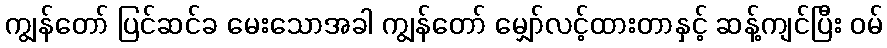
ကျွန်တော် ပြင်ဆင်ခ မေးသောအခါ ကျွန်တော် မျှော်လင့်ထားတာနှင့် ဆန့်ကျင်ပြီး ဝမ်